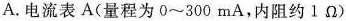
A.电流表A(量程为0~300mA，内阻约1Ω)